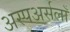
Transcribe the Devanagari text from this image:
अस्पअर्सलाँ